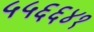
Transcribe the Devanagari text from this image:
५५६६४१